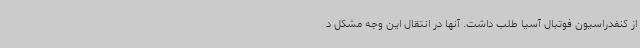
از کنفدراسیون فوتبال آسیا طلب داشت. آنها در انتقال این وجه مشکل د